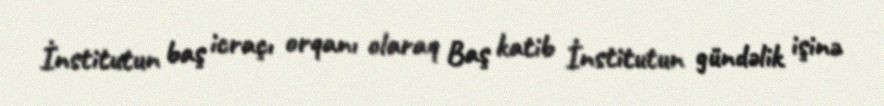
İnstitutun baş icraçı orqanı olaraq Baş katib İnstitutun gündəlik işinə